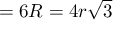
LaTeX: { } = 6 R = 4 r { \sqrt { 3 } }